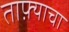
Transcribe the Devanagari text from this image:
ताफ़्याचा